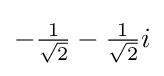
-{\tfrac {1}{\sqrt {2}}}-{\tfrac {1}{\sqrt {2}}}i